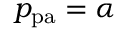
p _ { \mathrm { p a } } = \alpha